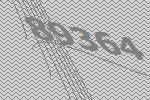
89364